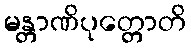
မန္တာဏိပုတ္တောတိ